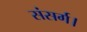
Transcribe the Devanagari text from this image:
संसर्ग।